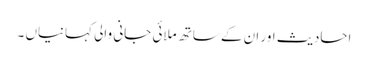
احادیث اور ان کے ساتھ ملائی جانی والی کہانیاں‌ ۔